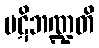
ပဋိဘဏ္ဍတိ